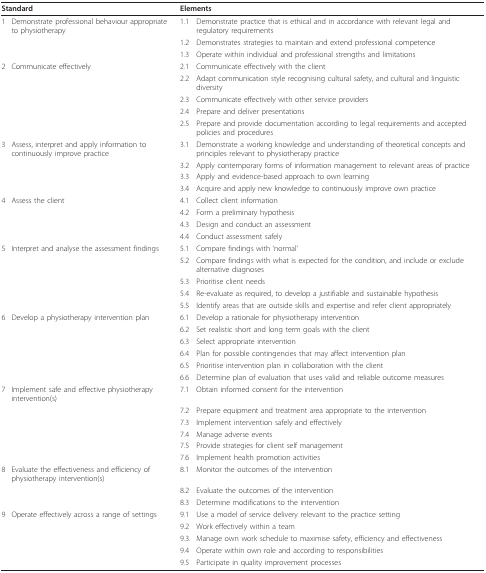
<table><thead><tr><td colspan="2"><b>Standard</b></td><td colspan="2"><b>Elements</b></td></tr></thead><tbody><tr><td>1</td><td>Demonstrate professional behaviour appropriate to physiotherapy</td><td>1.1</td><td>Demonstrate practice that is ethical and in accordance with relevant legal and regulatory requirements</td></tr><tr><td></td><td></td><td>1.2</td><td>Demonstrates strategies to maintain and extend professional competence</td></tr><tr><td></td><td></td><td>1.3</td><td>Operate within individual and professional strengths and limitations</td></tr><tr><td>2</td><td>Communicate effectively</td><td>2.1</td><td>Communicate effectively with the client</td></tr><tr><td></td><td></td><td>2.2</td><td>Adapt communication style recognising cultural safety, and cultural and linguistic diversity</td></tr><tr><td></td><td></td><td>2.3</td><td>Communicate effectively with other service providers</td></tr><tr><td></td><td></td><td>2.4</td><td>Prepare and deliver presentations</td></tr><tr><td></td><td></td><td>2.5</td><td>Prepare and provide documentation according to legal requirements and accepted policies and procedures</td></tr><tr><td>3</td><td>Assess, interpret and apply information to continuously improve practice</td><td>3.1</td><td>Demonstrate a working knowledge and understanding of theoretical concepts and principles relevant to physiotherapy practice</td></tr><tr><td></td><td></td><td>3.2</td><td>Apply contemporary forms of information management to relevant areas of practice</td></tr><tr><td></td><td></td><td>3.3</td><td>Apply and evidence-based approach to own learning</td></tr><tr><td></td><td></td><td>3.4</td><td>Acquire and apply new knowledge to continuously improve own practice</td></tr><tr><td>4</td><td>Assess the client</td><td>4.1</td><td>Collect client information</td></tr><tr><td></td><td></td><td>4.2</td><td>Form a preliminary hypothesis</td></tr><tr><td></td><td></td><td>4.3</td><td>Design and conduct an assessment</td></tr><tr><td></td><td></td><td>4.4</td><td>Conduct assessment safely</td></tr><tr><td>5</td><td>Interpret and analyse the assessment findings</td><td>5.1</td><td>Compare findings with &#x27;normal&#x27;</td></tr><tr><td></td><td></td><td>5.2</td><td>Compare findings with what is expected for the condition, and include or exclude alternative diagnoses</td></tr><tr><td></td><td></td><td>5.3</td><td>Prioritise client needs</td></tr><tr><td></td><td></td><td>5.4</td><td>Re-evaluate as required, to develop a justifiable and sustainable hypothesis</td></tr><tr><td></td><td></td><td>5.5</td><td>Identify areas that are outside skills and expertise and refer client appropriately</td></tr><tr><td>6</td><td>Develop a physiotherapy intervention plan</td><td>6.1</td><td>Develop a rationale for physiotherapy intervention</td></tr><tr><td></td><td></td><td>6.2</td><td>Set realistic short and long term goals with the client</td></tr><tr><td></td><td></td><td>6.3</td><td>Select appropriate intervention</td></tr><tr><td></td><td></td><td>6.4</td><td>Plan for possible contingencies that may affect intervention plan</td></tr><tr><td></td><td></td><td>6.5</td><td>Prioritise intervention plan in collaboration with the client</td></tr><tr><td></td><td></td><td>6.6</td><td>Determine plan of evaluation that uses valid and reliable outcome measures</td></tr><tr><td>7</td><td>Implement safe and effective physiotherapy intervention(s)</td><td>7.1</td><td>Obtain informed consent for the intervention</td></tr><tr><td></td><td></td><td>7.2</td><td>Prepare equipment and treatment area appropriate to the intervention</td></tr><tr><td></td><td></td><td>7.3</td><td>Implement intervention safely and effectively</td></tr><tr><td></td><td></td><td>7.4</td><td>Manage adverse events</td></tr><tr><td></td><td></td><td>7.5</td><td>Provide strategies for client self management</td></tr><tr><td></td><td></td><td>7.6</td><td>Implement health promotion activities</td></tr><tr><td>8</td><td>Evaluate the effectiveness and efficiency of physiotherapy intervention(s)</td><td>8.1</td><td>Monitor the outcomes of the intervention</td></tr><tr><td></td><td></td><td>8.2</td><td>Evaluate the outcomes of the intervention</td></tr><tr><td></td><td></td><td>8.3</td><td>Determine modifications to the intervention</td></tr><tr><td>9</td><td>Operate effectively across a range of settings</td><td>9.1</td><td>Use a model of service delivery relevant to the practice setting</td></tr><tr><td></td><td></td><td>9.2</td><td>Work effectively within a team</td></tr><tr><td></td><td></td><td>9.3.</td><td>Manage own work schedule to maximise safety, efficiency and effectiveness</td></tr><tr><td></td><td></td><td>9.4</td><td>Operate within own role and according to responsibilities</td></tr><tr><td></td><td></td><td>9.5</td><td>Participate in quality improvement processes</td></tr></tbody></table>